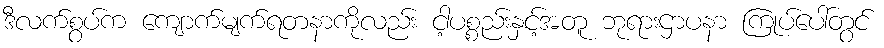
ဒီလက်စွပ်က ကျောက်မျက်ရတနာကိုလည်း ငါ့ပစ္စည်းနှင့်အတူ ဘုရားဌာပနာ ကြုပ်ပေါ်တွင်